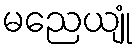
မညေယျုံ